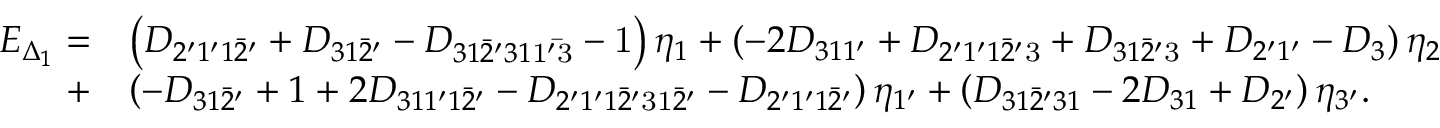
\begin{array} { r l } { E _ { \Delta _ { 1 } } = } & { \left( { { D _ { 2 ^ { \prime } 1 ^ { \prime } 1 \bar { 2 } ^ { \prime } } } + { D _ { 3 1 \bar { 2 } ^ { \prime } } } - { D _ { 3 1 \bar { 2 } ^ { \prime } 3 1 \mathrm { { 1 ^ { \prime } \bar { 3 } } } } } - { \mathrm { 1 } } } \right) { \eta _ { 1 } } + \left( { - 2 { D _ { 3 1 1 ^ { \prime } } } + { D _ { 2 ^ { \prime } 1 ^ { \prime } 1 \bar { 2 } ^ { \prime } \mathrm { { 3 } } } } + { D _ { 3 1 \bar { 2 } ^ { \prime } { \mathrm { 3 } } } } + { D _ { 2 ^ { \prime } 1 ^ { \prime } } } - { D _ { 3 } } } \right) { \eta _ { 2 } } } \\ { + } & { \left( { - { D _ { 3 1 \bar { 2 } ^ { \prime } } } + 1 + 2 { D _ { 3 1 1 ^ { \prime } 1 \bar { 2 } ^ { \prime } } } - { D _ { 2 ^ { \prime } 1 ^ { \prime } 1 \bar { 2 } ^ { \prime } \mathrm { { 3 1 } } \bar { 2 } ^ { \prime } } } - { D _ { 2 ^ { \prime } 1 ^ { \prime } 1 \bar { 2 } ^ { \prime } } } } \right) { \eta _ { 1 ^ { \prime } } } + \left( { { D _ { 3 1 \bar { 2 } ^ { \prime } 3 1 } } - 2 { D _ { 3 1 } } + { D _ { 2 ^ { \prime } } } } \right) { \eta _ { 3 ^ { \prime } } } . } \end{array}